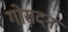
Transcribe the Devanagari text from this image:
गोसदन